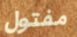
مفتول